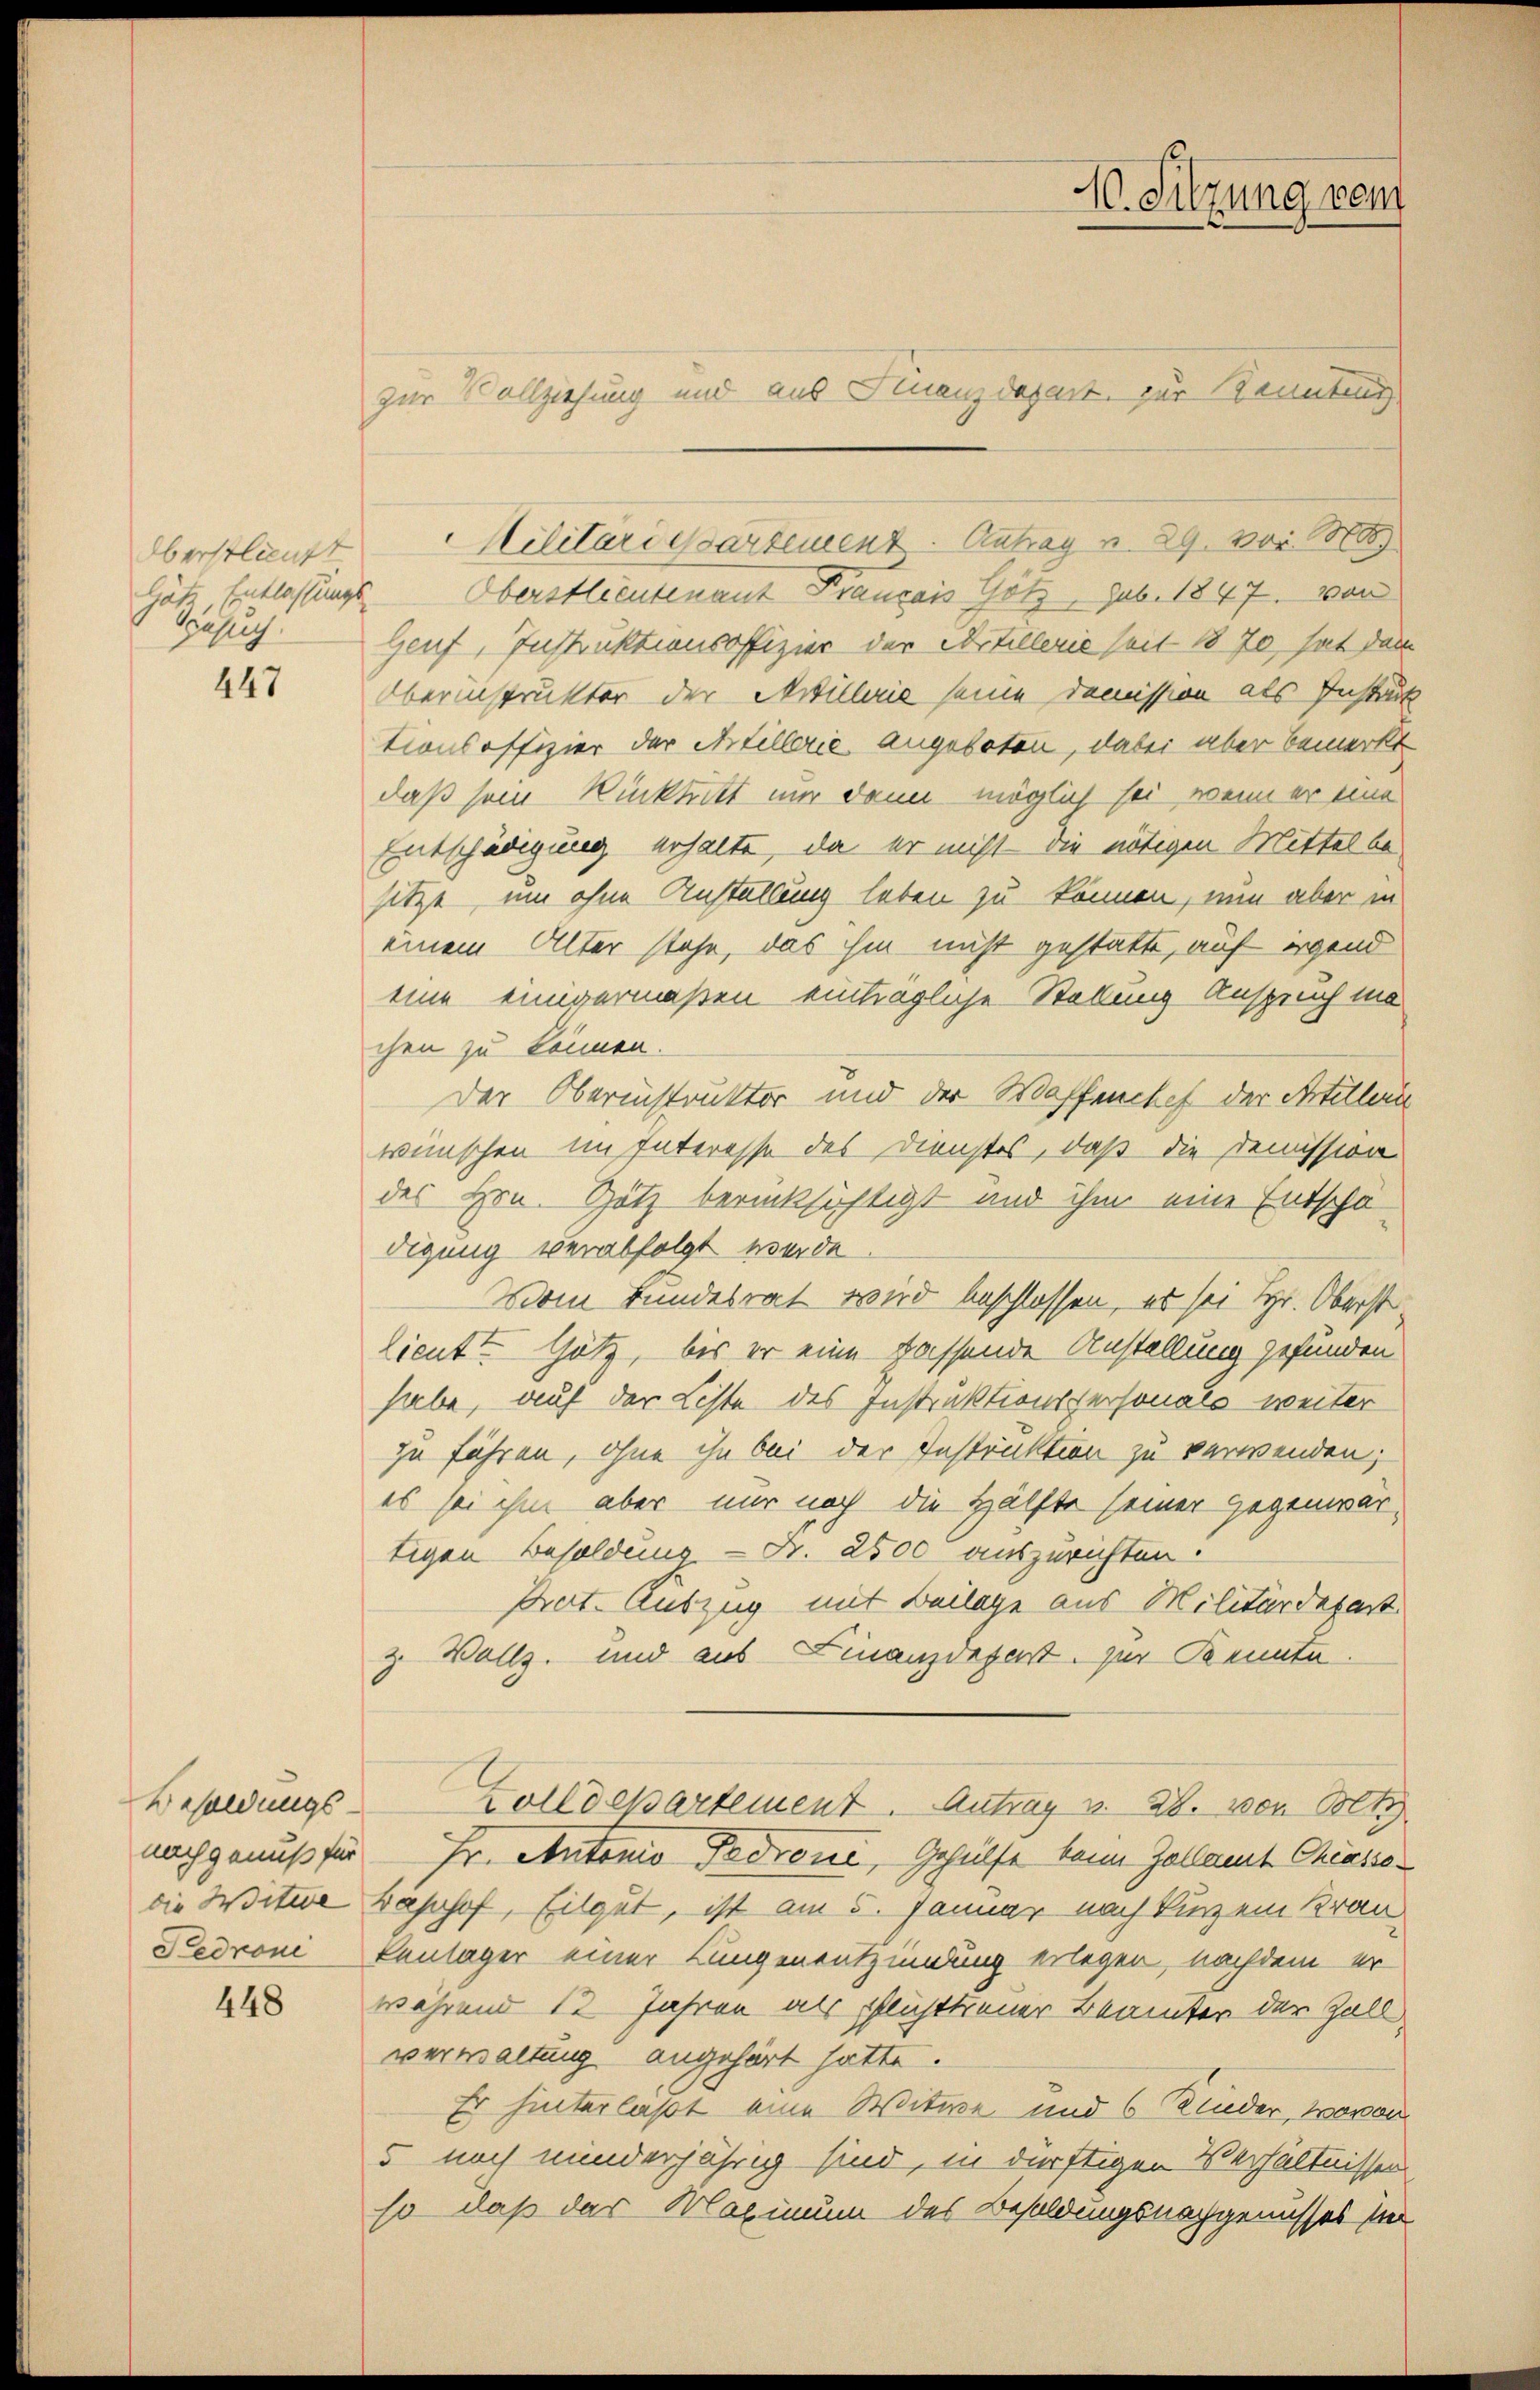
Oberstlieutt
Gesung.

447

448

zur Vollziehung und aus Finanzdozent, zur Kennteng

Häte Entlassungs Oberstlieutenant Français Götz, sub. 1847. von
Genf, Instruktionsoffizier der Artillerie seit 1870, hat dem
Oberinstrukter der Artillerie seine Demission als Instruck
tionsoffizier der Artillerie angeboten, dabei aber bemerkt
daß sein Rücktritt nur dann möglich sei, wenn er eine
Entschädigung erhalte, da er nicht die nötigen Mittel besitze, um ohne Anstellung leben zu können, nun aber in
einem Alter stehe, das ihm nicht gestatte, auf irgend
eine einigermaßen einträgliche Stellung Anspruch ma
chen zu können.
Der Oberinstruktor und der Waffenchef der Artillende
wünschen im Interesse des Dienstes, daß die Demission
des Hrn. Hotz berücksichtigt und ihm eine Entschä
digung verabfolgt werde
Vom Bundesrat wird beschlossen, es sei Hr. Oberstlieutt Götz, bis er eine fassende Anstellung gefunden
habe, auf der Liste des Instruktionspersonals weiter
zu führen, ohne ihn bei der Instruktion zu verwenden;
es sei ihm aber nur noch die Hälfte seiner gegenwärtigen Besoldung. - Fr. 2500 auszurichten.
Prat. Auszug mit Beilage aus Militärdepart.
z. Vollz. und aus Finanzdepart, zur Kennte.
Besoldungs Zolldepartement. Antrag v. 28. von Bolt
nachgenuß für Fr. Antonio Tedrone, Gehülfe beim Zollamt Chiassodie Weitere Bahnhof, Eilgut, ist am 5. Januar nach kurzem Kran
Sedroni Kontager einer Lungenentzündung erlegen, nachdem er
während 12 Jahren als Pflichttreuer Beamter der Zoll,
verwaltung angehört hätte.
Er hinterlast eine Witwe und 6 Kinder, wovon
5 noch minderjährig sind, in dürftigen Verhältnissen
so daß das Maximum des Besoldungsnachgenusses sie

Militariessartement. Antrag v. 29. vor. 800

40. Sitzung vom